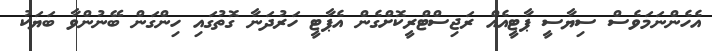
އެހެންނަމަވެސް ސިޔާސީ ޕާޓީއެއް ރަޖިސްޓްރީކޮށްގެން އެޕާޓީ ހަރުދަނާ ގޮތުގައި ހިންގަން ބޭނުންވާ ބަޔަކު